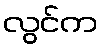
လွင်က